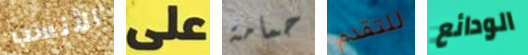
الأنسب على حمامة للتقدم الودائع